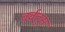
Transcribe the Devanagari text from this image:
बर्बतुस